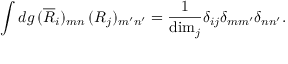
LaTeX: \int d g \, ( \overline { { { R } } } _ { i } ) _ { m n } \, ( R _ { j } ) _ { m ^ { \prime } n ^ { \prime } } = { \frac { 1 } { \mathrm { d i m } _ { j } } } \delta _ { i j } \delta _ { m m ^ { \prime } } \delta _ { n n ^ { \prime } } .